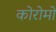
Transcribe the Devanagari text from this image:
कोरोमो